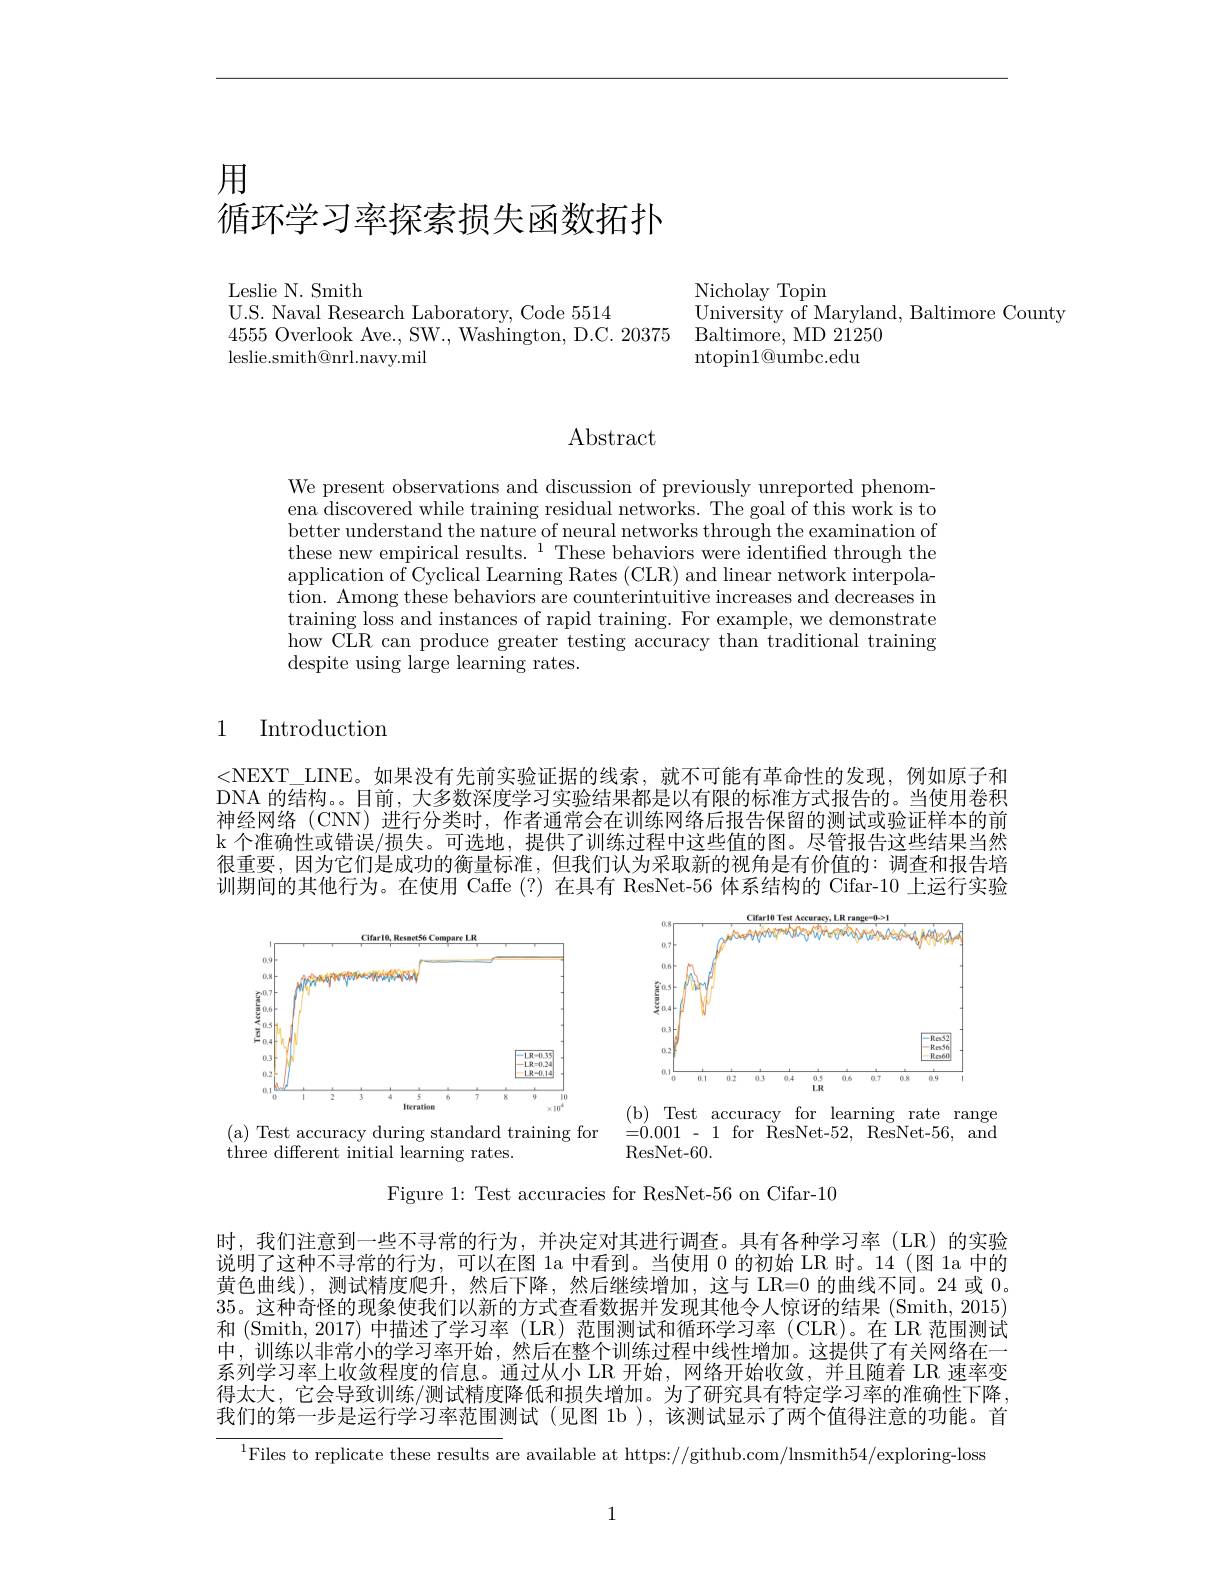
# 用循环学习率探索损失函数拓扑

Leslie N. Smith
U.S. Naval Research Laboratory, Code 5514

${\mathrm{leslie.smith@nrl.navy.mil}}$

Nicholay Topin
University of Maryland, Baltimore County
4555 Overlook Ave., SW., Washington, D.C. 20375 Baltimore, MD 21250
ntopin$1@$umbc.edu

## Abstract

We present observations and discussion of previously unreported phenomena discovered while training residual networks. The goal of this work is to better understand the nature of neural networks through the examination of these new empirical results.$^{1}$These behaviors were identified through the application of Cyclical Learning Rates (CLR) and linear network interpolation. Among these behaviors are counterintuitive increases and decreases in training loss and instances of rapid training. For example, we demonstrate how CLR can produce greater testing accuracy than traditional training despite using large learning rates.

1

Introduction

<NEXT\_LINE。如果没有先前实验证据的线索，就不可能有革命性的发现，例如原子和DNA 的结构。。目前，大多数深度学习实验结果都是以有限的标准方式报告的。当使用卷积神经网络(CNN)进行分类时，作者通常会在训练网络后报告保留的测试或验证样本的前k 个准确性或错误/损失。可选地，提供了训练过程中这些值的图。尽管报告这些结果当然很重要，因为它们是成功的衡量标准，但我们认为采取新的视角是有价值的：调查和报告培训期间的其他行为。在使用 Caffe (?)在具有 ResNet-56 体系结构的 Cifar-10 上运行实验

<FigureHere>

Figure 1: Test accuracies for ResNet-56 on Cifar-10

时，我们注意到一些不寻常的行为，并决定对其进行调查。具有各种学习率(LR)的实验说明了这种不寻常的行为，可以在图 la 中看到。当使用0的初始 LR 时。14 (图 1a 中的黄色曲线),测试精度爬升，然后下降，然后继续增加，这与 LR=0 的曲线不同。24 或0。35。这种奇怪的现象使我们以新的方式查看数据并发现其他令人惊讶的结果 (Smith, 2015) 和 (Smith, 2017) 中描述了学习率 (LR)范围测试和循环学习率 (CLR)。在 LR 范围测试中，训练以非常小的学习率开始，然后在整个训练过程中线性增加。这提供了有关网络在一系列学习率上收敛程度的信息。通过从小 LR 开始，网络开始收敛，并且随着 LR 速率变得太大，它会导致训练/测试精度降低和损失增加。为了研究具有特定学习率的准确性下降我们的第一步是运行学习率范围测试(见图 1b ),该测试显示了两个值得注意的功能。首

$^{1}$Files to replicate these results are available at https://github.com/lnsmith54/exploring-loss

1